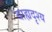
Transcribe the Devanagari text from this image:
बाह्यदृश्य